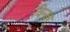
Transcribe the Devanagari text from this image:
विन्ज़र्